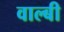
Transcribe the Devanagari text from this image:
वाल्बी